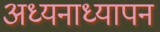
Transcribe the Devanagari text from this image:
अध्यनाध्यापन